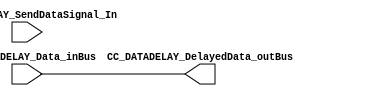
/*######################################################################
//#	G0B1T: HDL EXAMPLES. 2018.
//######################################################################
//# 
//# This program is free software: you can redistribute it and/or modify
//# it under the terms of the GNU General Public License as published by
//# the Free Software Foundation, version 3 of the License.
//#
//# This program is distributed in the hope that it will be useful,
//# but WITHOUT ANY WARRANTY; without even the implied warranty of
//# MERCHANTABILITY or FITNESS FOR A PARTICULAR PURPOSE.  See the
//# GNU General Public License for more details.
//#
//# You should have received a copy of the GNU General Public License
//# along with this program.  If not, see <http://www.gnu.org/licenses/>
//####################################################################*/
//=======================================================
//  MODULE Definition
//=======================================================

module CC_DATADELAY(
//////////// OUTPUTS //////////
	CC_DATADELAY_DelayedData_outBus,

//////////// INPUTS //////////
	CC_DATADELAY_Data_inBus,
	CC_DATADELAY_SendDataSignal_In

);

//=======================================================
//  PARAMETER declarations
//=======================================================

parameter DATAWIDTH_BUS 									= 8;

//=======================================================
//  PORT declarations
//=======================================================

	
output reg	[DATAWIDTH_BUS-1:0] CC_DATADELAY_DelayedData_outBus;

input			[DATAWIDTH_BUS-1:0] CC_DATADELAY_Data_inBus;
input			CC_DATADELAY_SendDataSignal_In;


//=======================================================
//  REG/WIRE declarations
//=======================================================

reg [DATAWIDTH_BUS-1:0] DELAYED_DATA;

//=======================================================
//  Structural coding
//=======================================================


always @(*) begin

  DELAYED_DATA <= CC_DATADELAY_Data_inBus;
end


//=======================================================
//  Outputs
//=======================================================

always @(*) begin

  CC_DATADELAY_DelayedData_outBus <= DELAYED_DATA;
end

endmodule